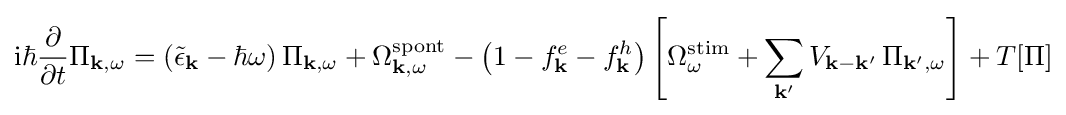
\mathrm {i} \hbar {\frac {\partial }{\partial t}}\Pi _{\mathbf {k} ,\omega }=\left({\tilde {\epsilon }}_{\mathbf {k} }-\hbar \omega \right)\Pi _{\mathbf {k} ,\omega }+\Omega _{\mathbf {k} ,\omega }^{\mathrm {spont} }-\left(1-f_{\mathbf {k} }^{e}-f_{\mathbf {k} }^{h}\right)\left[\Omega _{\omega }^{\mathrm {stim} }+\sum \limits _{\mathbf {k'} }V_{\mathbf {k} -\mathbf {k} '}\,\Pi _{\mathbf {k'} ,\omega }\right]+T[\Pi ]